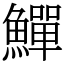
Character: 鱓